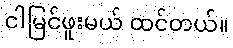
ငါမြင်ဖူးမယ် ထင်တယ်။